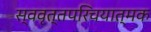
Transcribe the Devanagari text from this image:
स्ववृत्तपरिचयात्मक